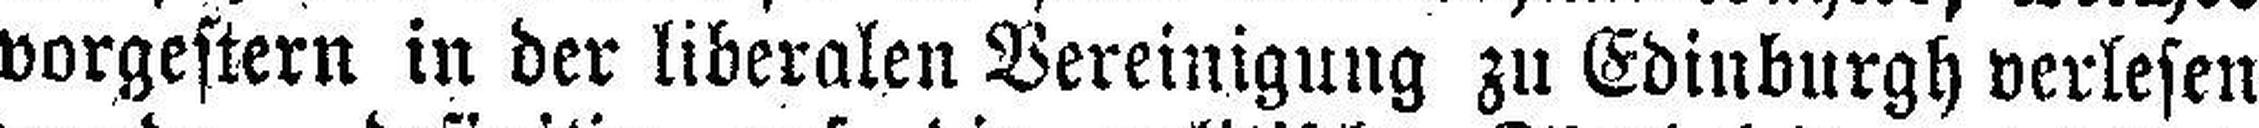
vorgestern in der liberalen Vereinigung zu Edinburgh verlesen